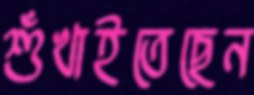
শুঁখাইতেছেন